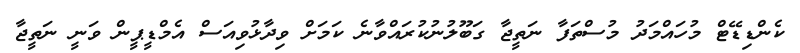
ކެންޑިޑޭޓް މުހައްމަދު މުސްތަފާ ނަތީޖާ ގަބޫލުނުކުރައްވާނެ ކަމަށް ވިދާޅުވިއަސް އެމްޑީޕީން ވަނީ ނަތީޖާ